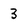
Character: 3